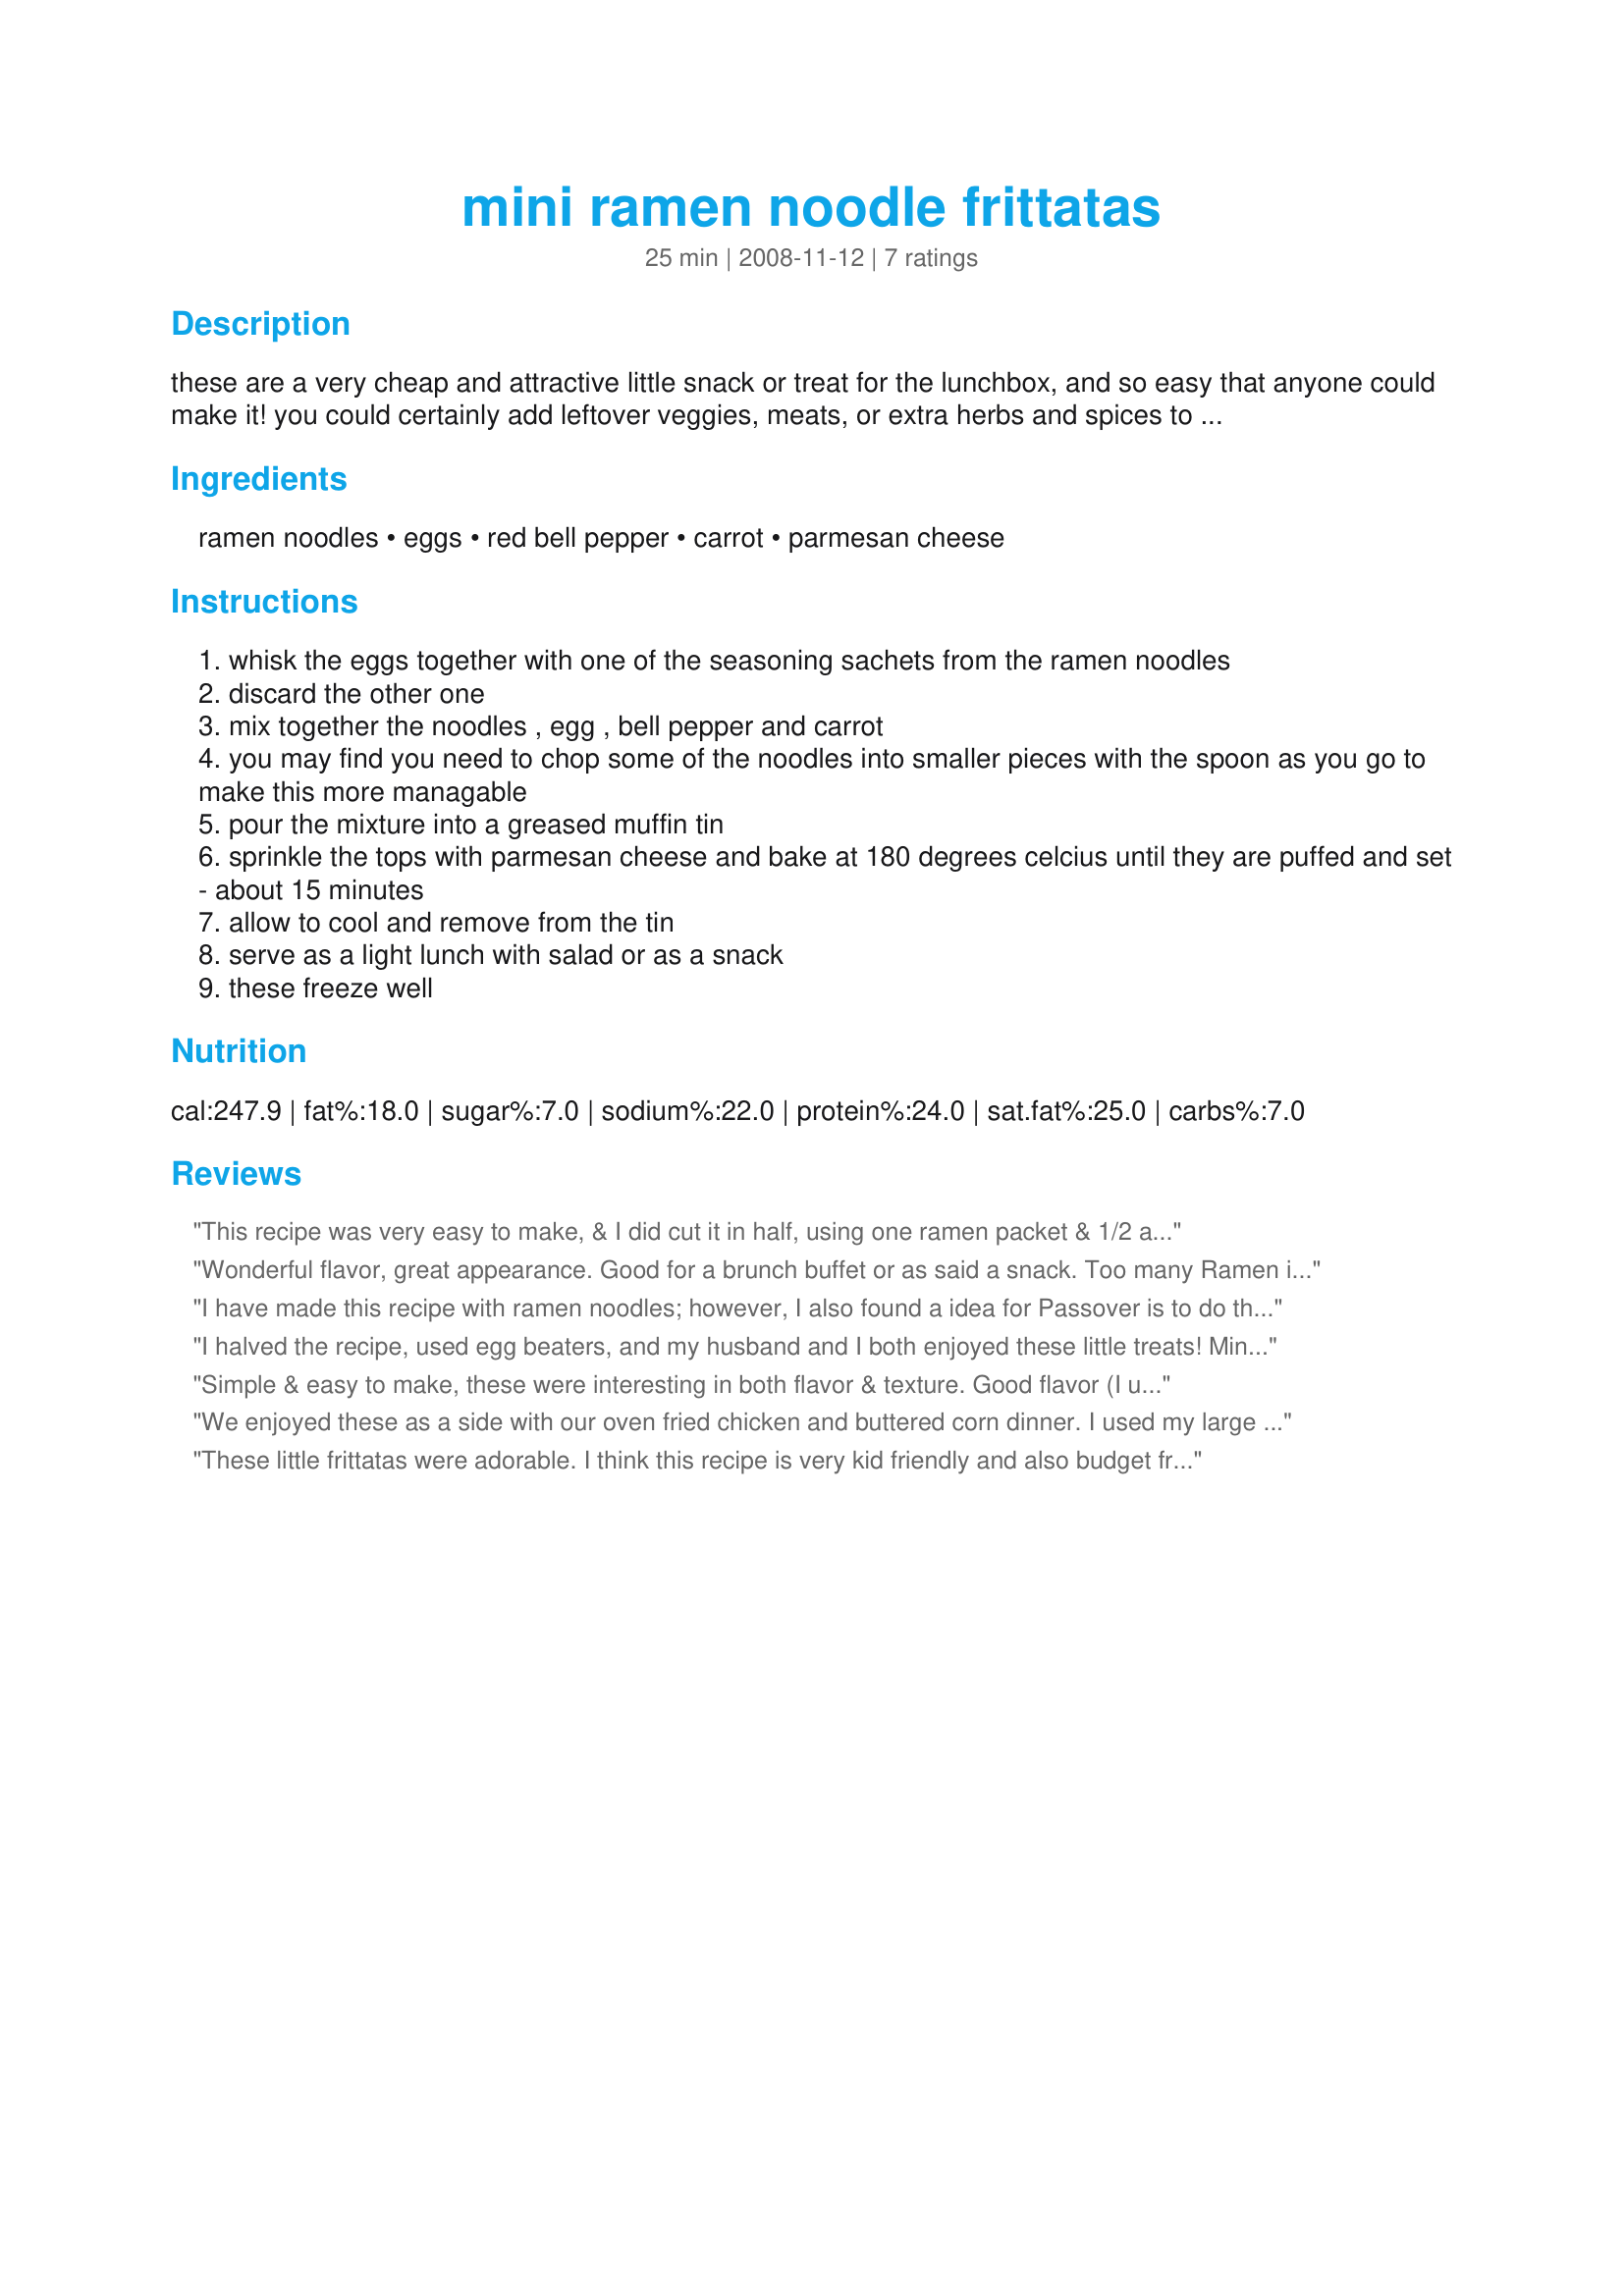
mini ramen noodle frittatas
Preparation time: 25 minutes

these are a very cheap and attractive little snack or treat
for the lunchbox, and so easy that anyone could make it! you could
certainly add leftover veggies, meats, or extra herbs and spices to this
basic idea, and adapt it for personal tastes.

Ingredients:
ramen noodles, eggs, red bell pepper, carrot, parmesan cheese

Steps:
whisk the eggs together with one of the seasoning sachets from the ramen noodles
discard the other one
mix together the noodles , egg , bell pepper and carrot
you may find you need to chop some of the noodles into smaller pieces with the spoon as you go to make this more managable
pour the mixture into a greased muffin tin
sprinkle the tops with parmesan cheese and bake at 180 degrees celcius until they are puffed and set - about 15 minutes
allow to cool and remove from the tin
serve as a light lunch with salad or as a snack
these freeze well

Reviews:
This recipe was very easy to make, & I did cut it in half, using one ramen packet & 1/2 a seasoning envelope! Also I crushed the noodles before emptying the packet, & added a small amount of lemon pepper! All in all, it made for a nicely satisfying breakfast for 3 of us!
Wonderful flavor, great appearance. Good for a brunch buffet or as said a snack. Too many Ramen is my only complaint - I made the recipe twice and the second time I cut the ramen back to just under 1 pkg - perfect. They really pop up in the oven I know I will be making this recipe again Good luck in the contest!
I have made this recipe with ramen noodles; however, I also found a idea for Passover is to do this recipe with substituting Ramen noodles with matzo farfel and flavoring (chicken or vegetable or beef) with a few tbsp. of granulated soup. It&#039;s amazing and turns out great every time.
I halved the recipe, used egg beaters, and my husband and I both enjoyed these little treats! Mine came out of the pan nicely! I did add some salt to spice it up a little. Thanks!
Simple & easy to make, these were interesting in both flavor & texture. Good flavor (I used beef seasoning packet) but the texture was rubbery. We made the recipe just as posted for the contest, but next time will add some bacon or cooked sausage & serve them for a quick breakfast treat. I do see a lot of potential in this recipe for lunch, snack, side dish or breakfast & we will be making them again. I had to assign only 4 stars because the directions could use a couple changes to simplify them. I just assumed we should drain the ramen water & that we add everything to the bowl we mixed the eggs in. I also have to mention that I used a non-stick muffin tin (one without scratches or knicks) sprayed with non-stick cooking spray & still it took two hot water/soap, hot water/fabric softener sheet & eventually an SOS pad scrubbing to get the pan cleaned. The first soak was immediately after eating, the second was overnight & then I couldn't stand looking at it anymore. Hopefully by adding meat in the future we won't have such a nasty sticking problem. Thanks for sharing your creation! Made for Fall 08 Dining on a Dollar - Ramen Noodle challenge.
We enjoyed these as a side with our oven fried chicken and buttered corn dinner. I used my large muffin tin, so it yielded 6. I also decided to use both packets of seasoning and I'm glad I did. I believe some pepper would be nice. :)
These little frittatas were adorable. I think this recipe is very kid friendly and also budget friendly. One really could use almost anything available in these. Dicing the veggies very fine would help hide some vegetables for picky eaters. I reduced the recipe to make half so decided to use ramkins. The amounts listed filled 4 perfectly. The baking time was spot on too. I did add some seasonings and think they are needed. As the chef mentions there is tons of room to play to adapt it for personal tastes. Thank you for your fun entry and good luck!
